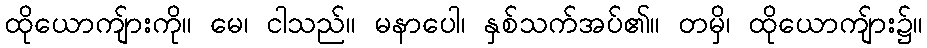
ထိုယောကျ်ားကို။ မေ၊ ငါသည်။ မနာပေါ၊ နှစ်သက်အပ်၏။ တမှိ၊ ထိုယောကျ်ား၌။